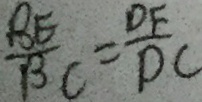
\frac { B E } { B C } = \frac { D F } { D C }